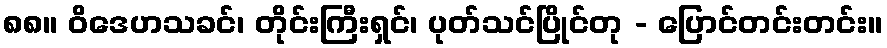
၈၈။ ဝိဒေဟသခင်၊ တိုင်းကြီးရှင်၊ ပုတ်သင်ပြိုင်တု - ပြောင်တင်းတင်း။